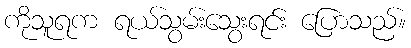
ကိုသူရက ရယ်သွမ်းသွေးရင်း ပြောသည်။